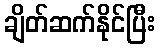
ချိတ်ဆက်နိုင်ပြီး